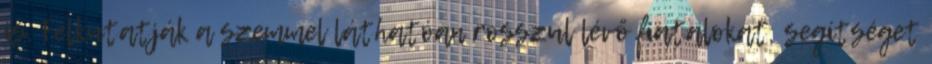
is. Felkutatják a szemmel láthatóan rosszul lévő fiatalokat, segítséget